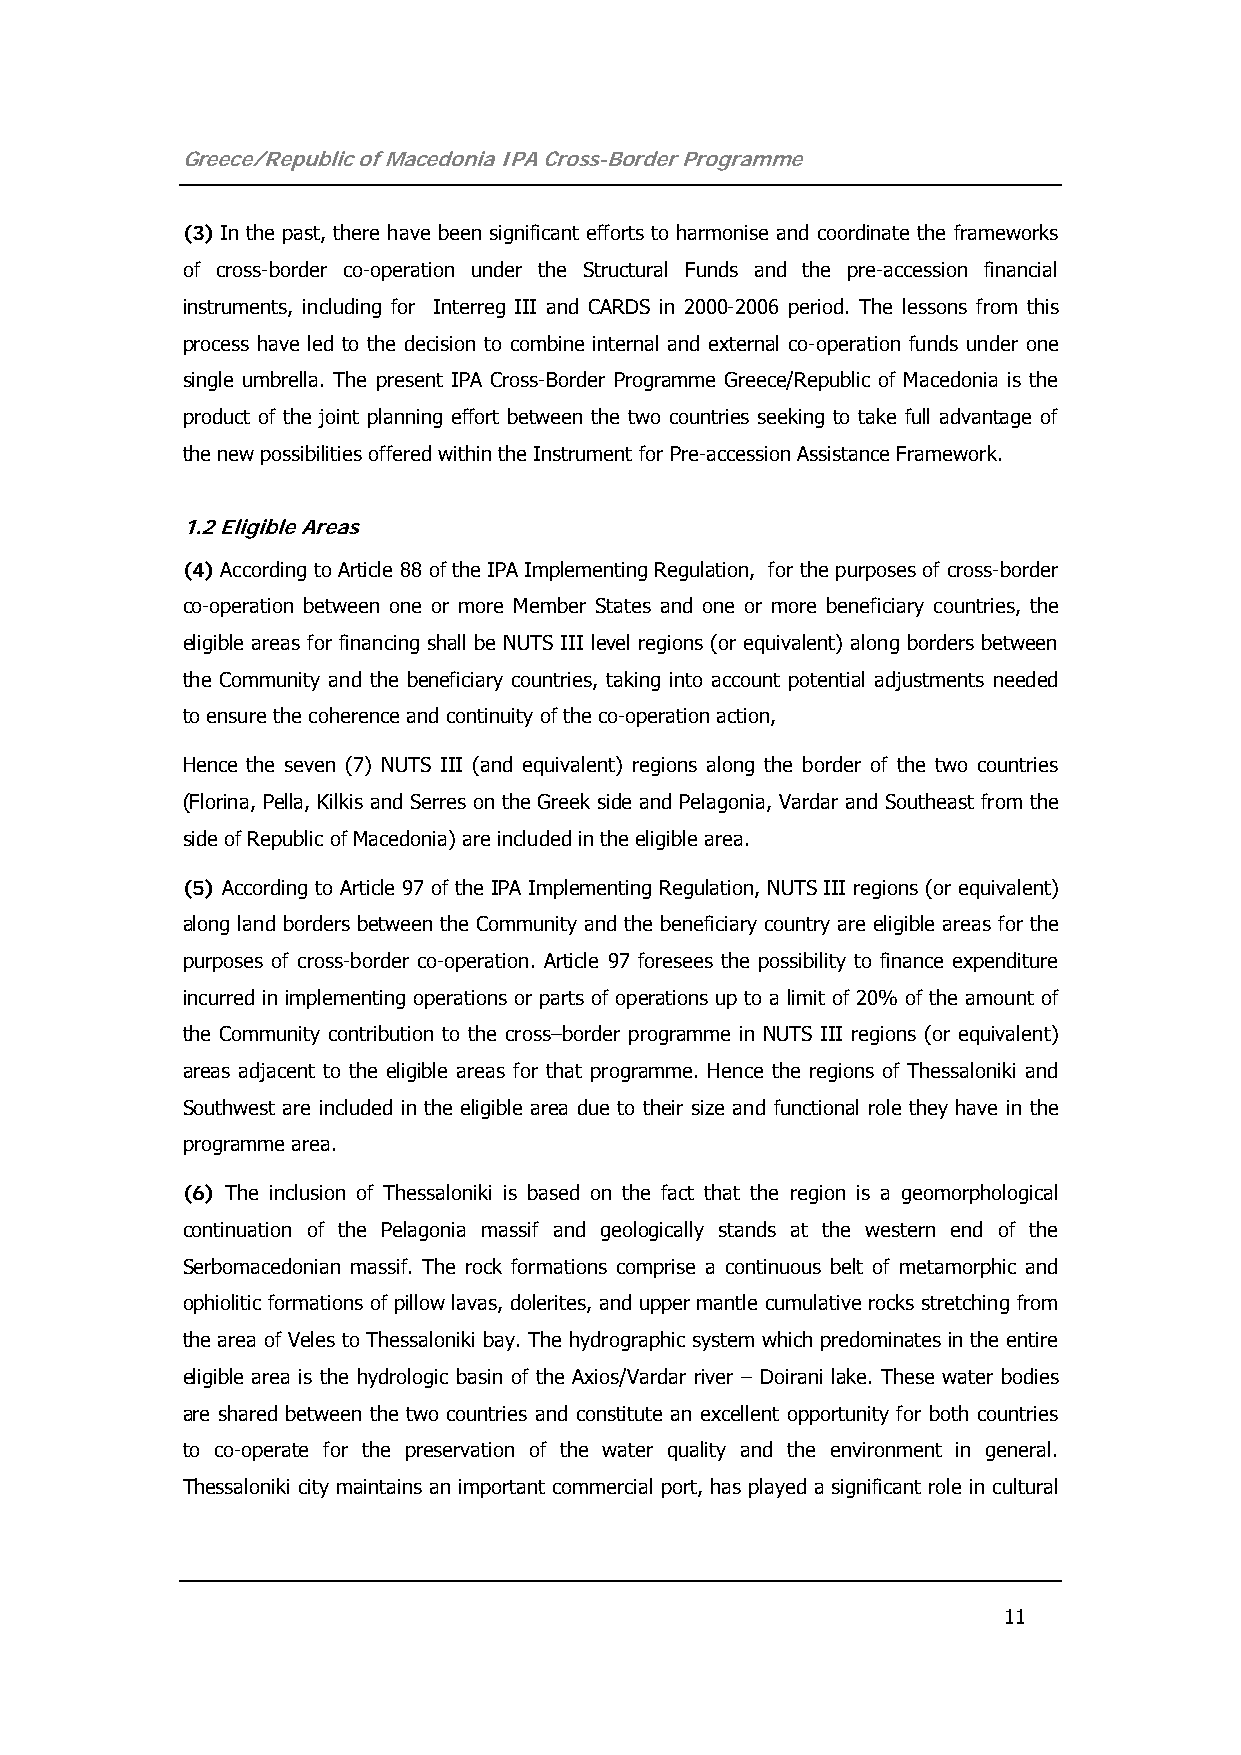
Greece/Republic of Macedonia IPA Cross-Border Programme
 (3) In the past, there have been significant efforts to harmonise and coordinate the frameworks
 of cross-border co-operation under the Structural Funds and the pre-accession financial
 instruments, including for Interreg III and CARDS in 2000-2006 period. The lessons from this
 process have led to the decision to combine internal and external co-operation funds under one
 single umbrella. The present IPA Cross-Border Programme Greece/Republic of Macedonia is the
 product of the joint planning effort between the two countries seeking to take full advantage of
 the new possibilities offered within the Instrument for Pre-accession Assistance Framework.
 1.2 Eligible Areas
 (4) According to Article 88 of the IPA Implementing Regulation, for the purposes of cross-border
 co-operation between one or more Member States and one or more beneficiary countries, the
 eligible areas for financing shall be NUTS III level regions (or equivalent) along borders between
 the Community and the beneficiary countries, taking into account potential adjustments needed
 to ensure the coherence and continuity of the co-operation action,
 Hence the seven (7) NUTS III (and equivalent) regions along the border of the two countries
 (Florina, Pella, Kilkis and Serres on the Greek side and Pelagonia, Vardar and Southeast from the
 side of Republic of Macedonia) are included in the eligible area.
 (5) According to Article 97 of the IPA Implementing Regulation, NUTS III regions (or equivalent)
 along land borders between the Community and the beneficiary country are eligible areas for the
 purposes of cross-border co-operation. Article 97 foresees the possibility to finance expenditure
 incurred in implementing operations or parts of operations up to a limit of 20% of the amount of
 the Community contribution to the cross–border programme in NUTS III regions (or equivalent)
 areas adjacent to the eligible areas for that programme. Hence the regions of Thessaloniki and
 Southwest are included in the eligible area due to their size and functional role they have in the
 programme area.
 (6) The inclusion of Thessaloniki is based on the fact that the region is a geomorphological
 continuation of the Pelagonia massif and geologically stands at the western end of the
 Serbomacedonian massif. The rock formations comprise a continuous belt of metamorphic and
 ophiolitic formations of pillow lavas, dolerites, and upper mantle cumulative rocks stretching from
 the area of Veles to Thessaloniki bay. The hydrographic system which predominates in the entire
 eligible area is the hydrologic basin of the Axios/Vardar river – Doirani lake. These water bodies
 are shared between the two countries and constitute an excellent opportunity for both countries
 to co-operate for the preservation of the water quality and the environment in general.
 Thessaloniki city maintains an important commercial port, has played a significant role in cultural
 11